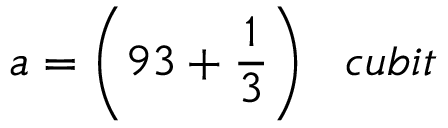
a = { \bigg ( } 9 3 + { \frac { 1 } { 3 } } { \bigg ) } \; \; \; c u b i t